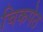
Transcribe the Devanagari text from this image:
चिकपेठ